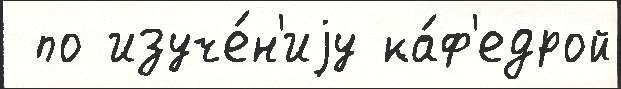
 по изуче́н'иjу ка́ф'едрой